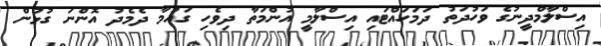
އިސްލާމްދީނުގެ ވަހުދަތު ދަމަހައްޓައި އިސްލާމީ އުންމަތާ ދިވެހި ގައުމާ ދެމެދު އޮންނަ ގުޅުން